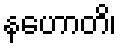
နဟောတိ၊